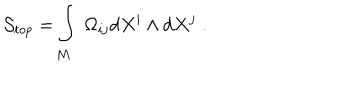
LaTeX: \mathcal { S } _ { t o p } = \int _ { M } \; \Omega _ { i j } \mathrm { d } X ^ { i } \wedge \mathrm { d } X ^ { j } \; .